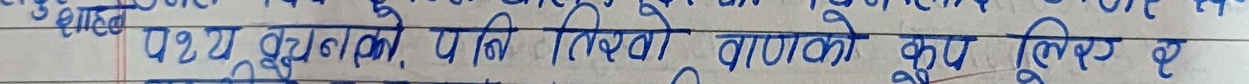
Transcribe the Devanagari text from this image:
पत्र लेख्नको पनि तिनको गाँसको कुप लिएर छ